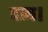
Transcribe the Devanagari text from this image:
दाब।